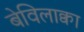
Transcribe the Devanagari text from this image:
बेविलाक्वा